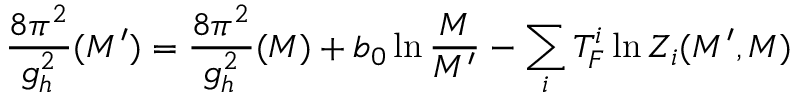
\frac { 8 \pi ^ { 2 } } { g _ { h } ^ { 2 } } ( M ^ { \prime } ) = \frac { 8 \pi ^ { 2 } } { g _ { h } ^ { 2 } } ( M ) + b _ { 0 } \ln \frac { M } { M ^ { \prime } } - \sum _ { i } T _ { F } ^ { i } \ln Z _ { i } ( M ^ { \prime } , M )